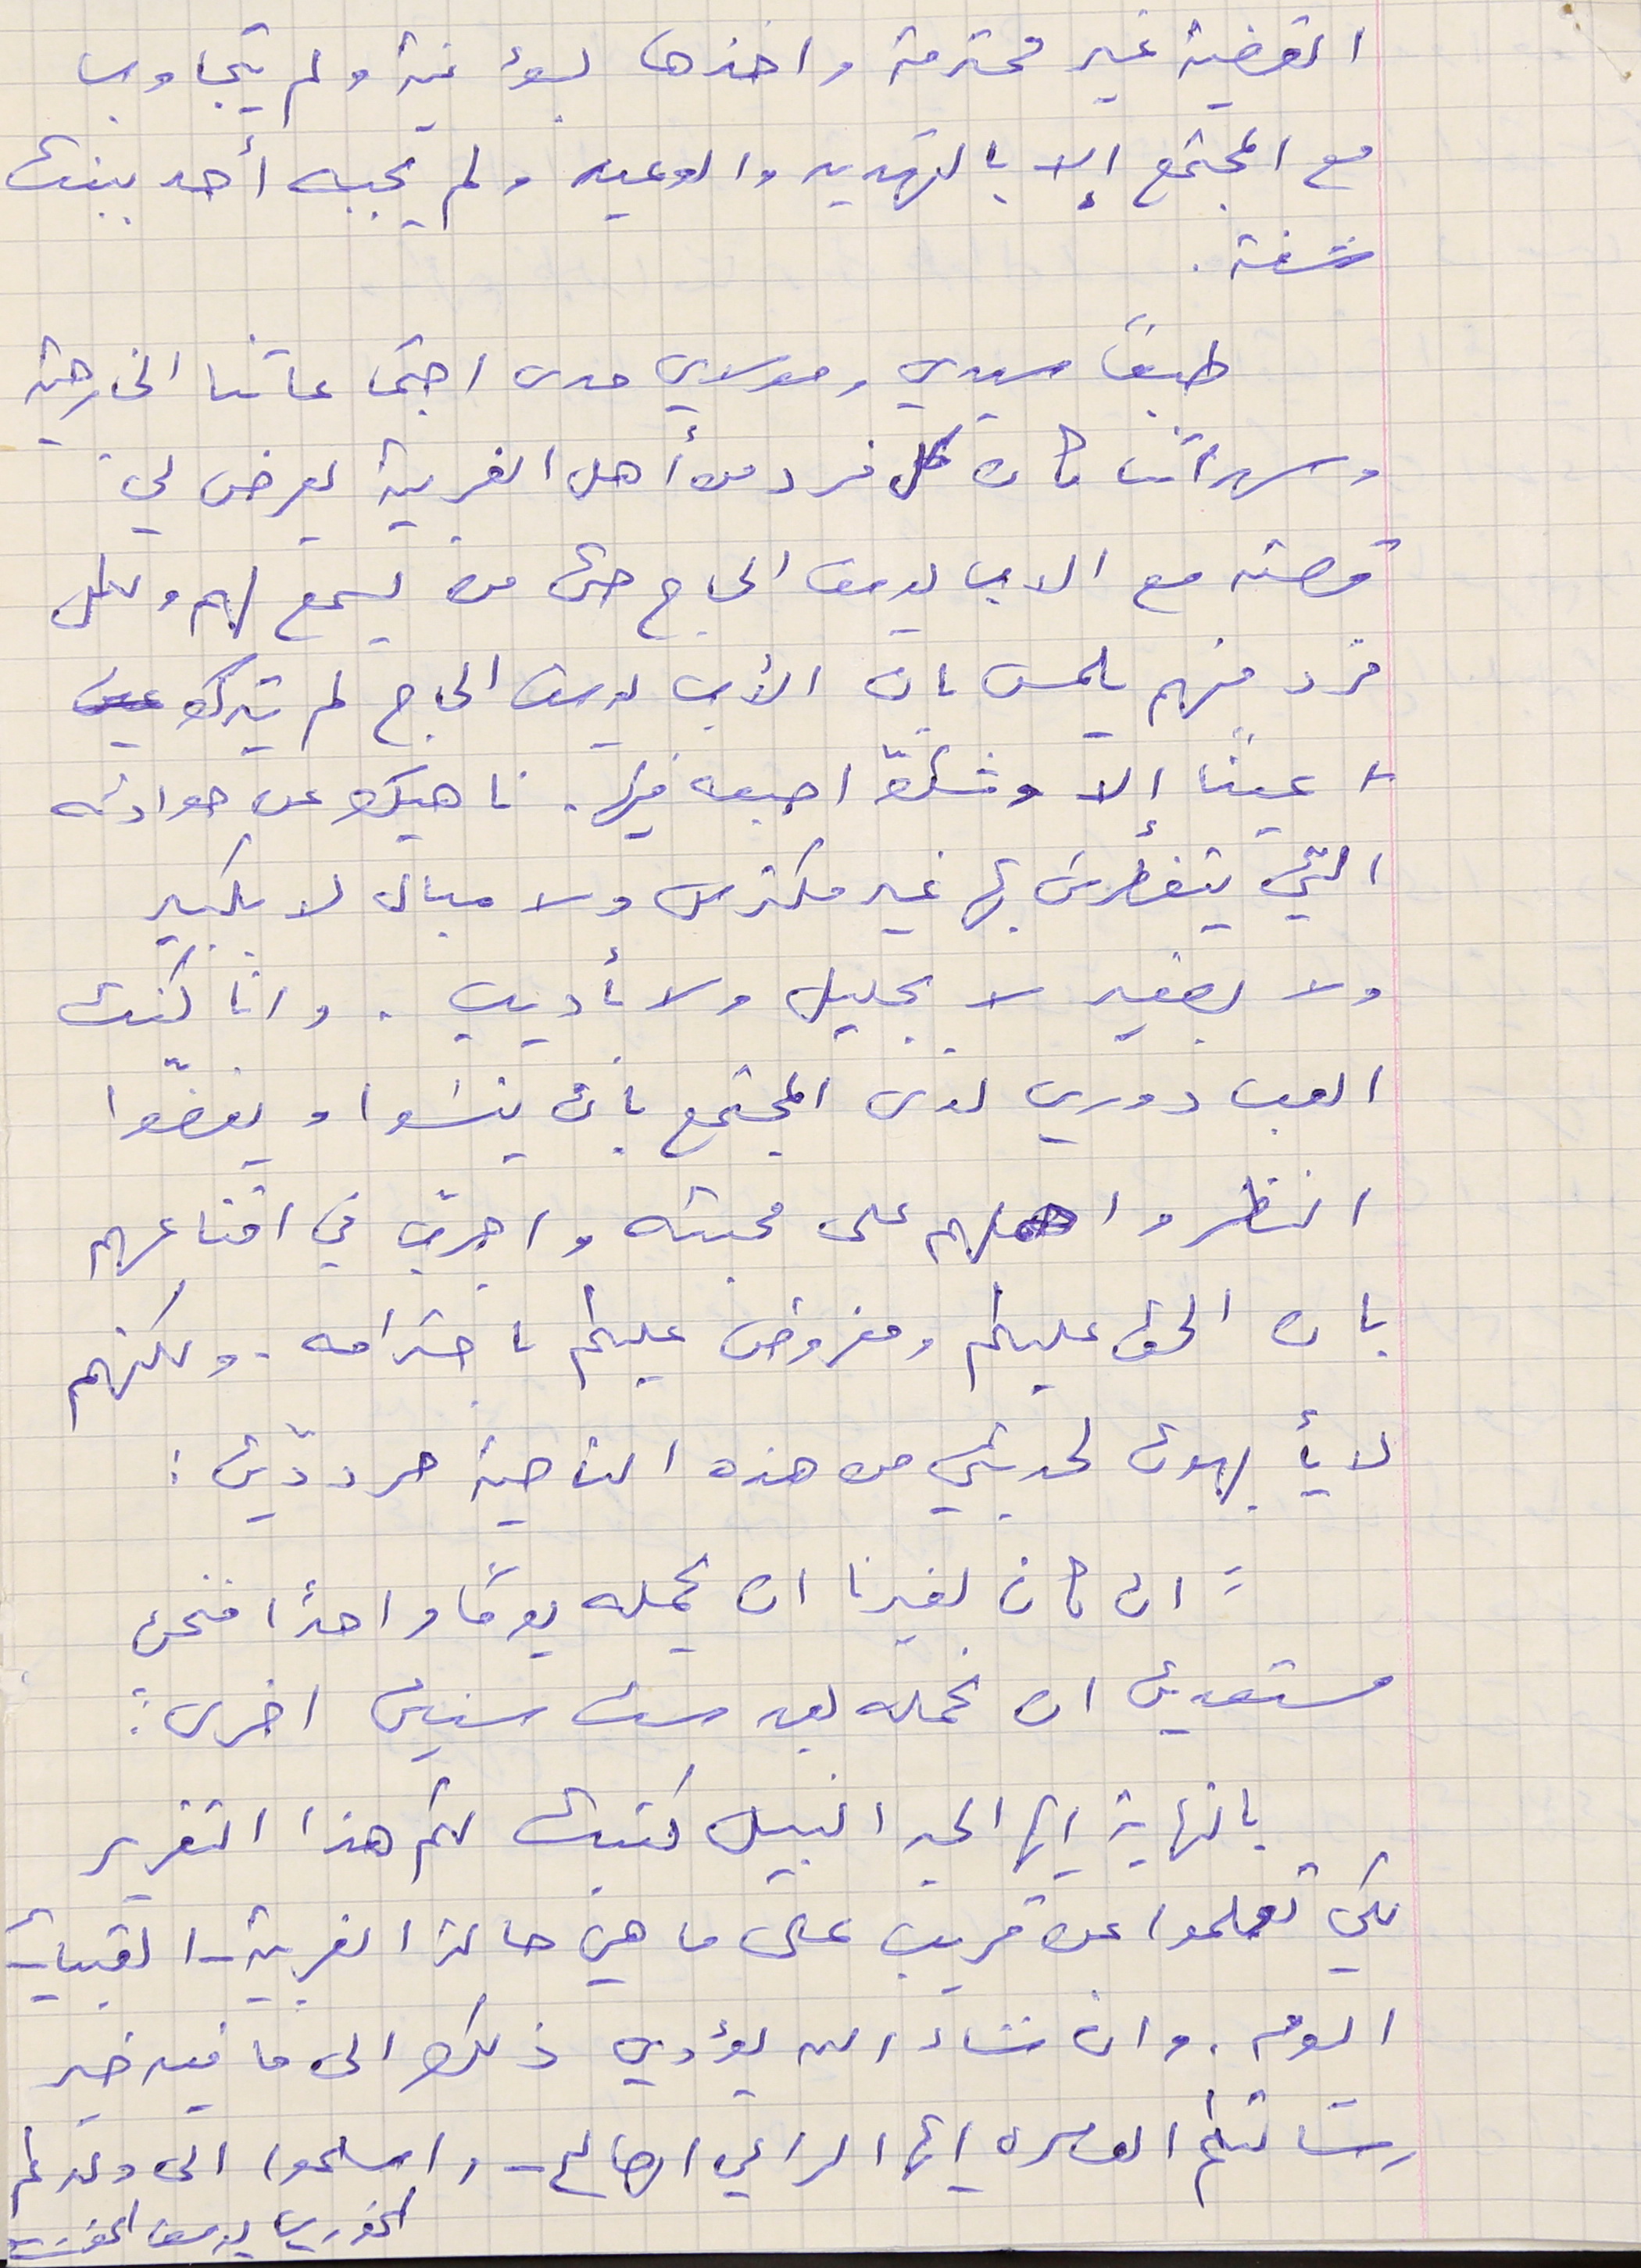
القضية غير محترمة واخذها بسؤ نية ولم يتجاوب
مع المجتمع إلا بالتهديد والوعيد ولم يجبه أحد ببنت
شفة.
طبعًا سيدي ومولاي مدى اجتماعاتنا الخارحية
وسهراتنا كان كل فرد من أهل القرية يعرض لي
قصته مع الاب يوسف الحاج حتى من يسمع لهم ولكل
فرد منهم يلمس بان الأب يوسف الحاج لم يترك
لا عينًا إلا وشكَّ اصبعه فيها. ناهيك عن حوادثه
التي يتغطرسَ بها غير مكترس ولا مبال لا بكبير
ولا بصغير لا بجليل ولا بأديب. وانا كنت
العب دوري لدى المجتمع بان ينسَوا ويغضّوا
 النظر واحملهم على محبته واجرّب في اقناعهم
بان الحق عليكم ومفروض عليكم باحترامه . ولكنهم
 لا يأبهون لحديثي من هذه الناحية مرددّين :
"ان كان لغيرنا ان يحمله يوما و احدًا فنحن
مستعدين ان نحمله بعد ست سنين اخرى."
 بالنهاية أيها الحبر النبيل كتبت لكم هذا التقرير
لكي تعلموا عن قريب على ما هي حالة الغربية - القبيات
اليوم. وان نشاء الله يؤدي ذلك الى ما فيه خير
رسَالتكم العامره ايها الراعي الصالح - واسلموا الى ولدكم
الخوري يوسف الخوري